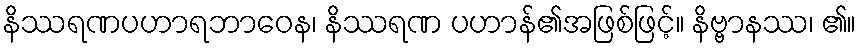
နိဿရဏပဟာရဘာဝေန၊ နိဿရဏ ပဟာန်၏အဖြစ်ဖြင့်။ နိဗ္ဗာနဿ၊ ၏။